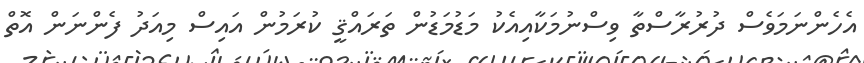
އެހެންނަމަވެސް ދުރުރާސްތާ ވިސްނުމަކާއިއެކު މަޑުމަޑުން ތަރައްޤީ ކުރަމުން އައިސް މިއަދު ފެންނަން އޮތް